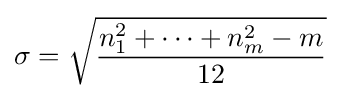
\sigma ={\sqrt {\frac {n_{1}^{2}+\cdots +n_{m}^{2}-m}{12}}}